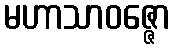
မဟာသာဝဇ္ဇော